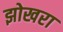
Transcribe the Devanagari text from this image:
झोखरा